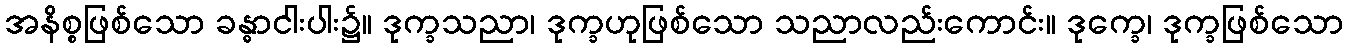
အနိစ္စဖြစ်သော ခန္ဓာငါးပါး၌။ ဒုက္ခသညာ၊ ဒုက္ခဟုဖြစ်သော သညာလည်းကောင်း။ ဒုက္ခေ၊ ဒုက္ခဖြစ်သော